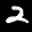
Label: 2